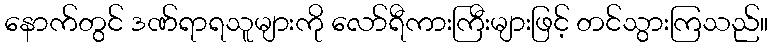
နောက်တွင် ဒဏ်ရာရသူများကို လော်ရီကားကြီးများဖြင့် တင်သွားကြသည်။